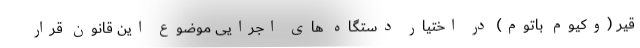
قیر (وکیوم باتوم) در اختیار دستگاه های اجرایی موضوع این قانون قرار